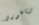
فيثاغورس